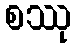
စဿု